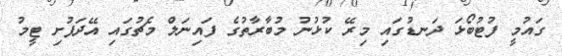
ގައުމީ ފުޓުބޯޅަ ދަނޑުގައި މިރޭ ކުޅުނު މުބާރާތުގެ ފައިނަލް މެޗުގައި އޭދަފުށި ޓީމު